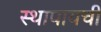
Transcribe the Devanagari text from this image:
स्थापायची